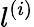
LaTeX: l^{(i)}